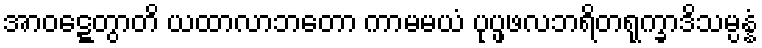
အာဝဋ္ဋေတွာတိ ယထာလာဘတော ကာမမယံ ပုပ္ဖဖလဘရိတရုက္ခာဒိသမ္ပန္နံ